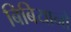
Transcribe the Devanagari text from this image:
बिबियानो